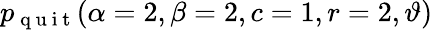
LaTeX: \displaystyle p_{\mathrm{~q~u~i~t~}}(\alpha=2,\beta=2,c=1,r=2,\vartheta)